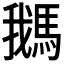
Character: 𩣣